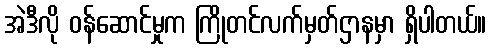
အဲဒီလို ဝန်ဆောင်မှုက ကြိုတင်လက်မှတ်ဌာနမှာ ရှိပါတယ်။